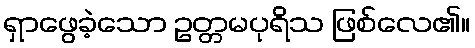
ရှာဖွေခဲ့သော ဥတ္တမပုရိသ ဖြစ်လေ၏။